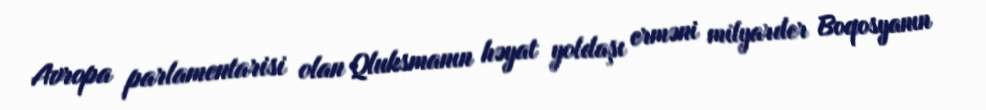
Avropa parlamentarisi olan Qluksmanın həyat yoldaşı erməni milyarder Boqosyanın